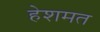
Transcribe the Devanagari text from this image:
हेशमत